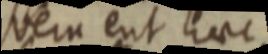
vera eut haec